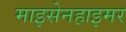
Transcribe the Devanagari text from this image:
माइसेनहाइमर